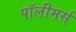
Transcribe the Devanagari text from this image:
पॉलीमर्स